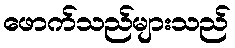
ဖောက်သည်များသည်